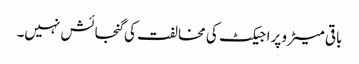
باقی میٹرو پراجیکٹ کی مخالفت کی گنجائش نہیں۔